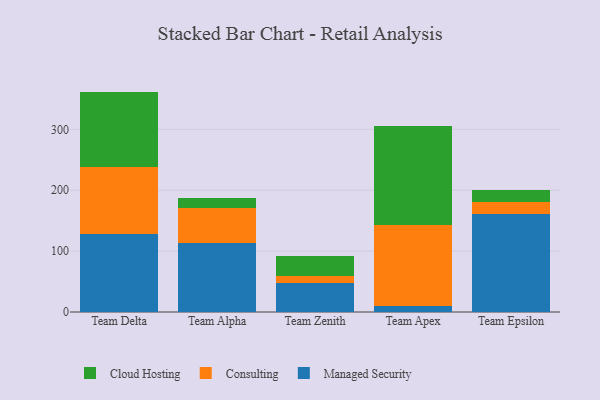
{"axis": {"x": "Team", "y": "Latency (ms)"}, "legend": ["Cloud Hosting", "Consulting", "Managed Security"], "data": [{"x": "Team Delta", "y": 128.6, "type": "Managed Security"}, {"x": "Team Delta", "y": 109.1, "type": "Consulting"}, {"x": "Team Delta", "y": 124.2, "type": "Cloud Hosting"}, {"x": "Team Alpha", "y": 112.7, "type": "Managed Security"}, {"x": "Team Alpha", "y": 57.9, "type": "Consulting"}, {"x": "Team Alpha", "y": 16.4, "type": "Cloud Hosting"}, {"x": "Team Zenith", "y": 48.2, "type": "Managed Security"}, {"x": "Team Zenith", "y": 11.2, "type": "Consulting"}, {"x": "Team Zenith", "y": 33.0, "type": "Cloud Hosting"}, {"x": "Team Apex", "y": 10.1, "type": "Managed Security"}, {"x": "Team Apex", "y": 132.1, "type": "Consulting"}, {"x": "Team Apex", "y": 164.0, "type": "Cloud Hosting"}, {"x": "Team Epsilon", "y": 161.7, "type": "Managed Security"}, {"x": "Team Epsilon", "y": 19.7, "type": "Consulting"}, {"x": "Team Epsilon", "y": 19.6, "type": "Cloud Hosting"}]}